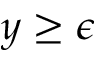
y \ge \epsilon